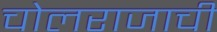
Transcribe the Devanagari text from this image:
चोलराजाची